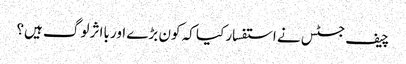
چیف جسٹس نے استفسار کیا کہ کون بڑے اور بااثر لوگ ہیں؟